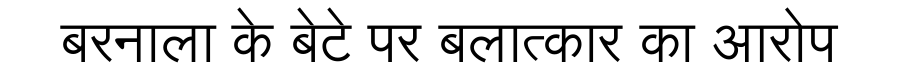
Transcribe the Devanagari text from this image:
बरनाला के बेटे पर बलात्कार का आरोप